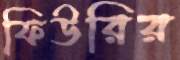
ফিউরির